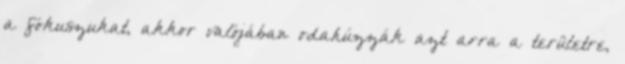
a fókuszukat, akkor valójában odahúzzák azt arra a területre,